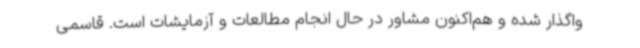
واگذار شده و هم‌اکنون مشاور در حال انجام مطالعات و آزمایشات است. قاسمی